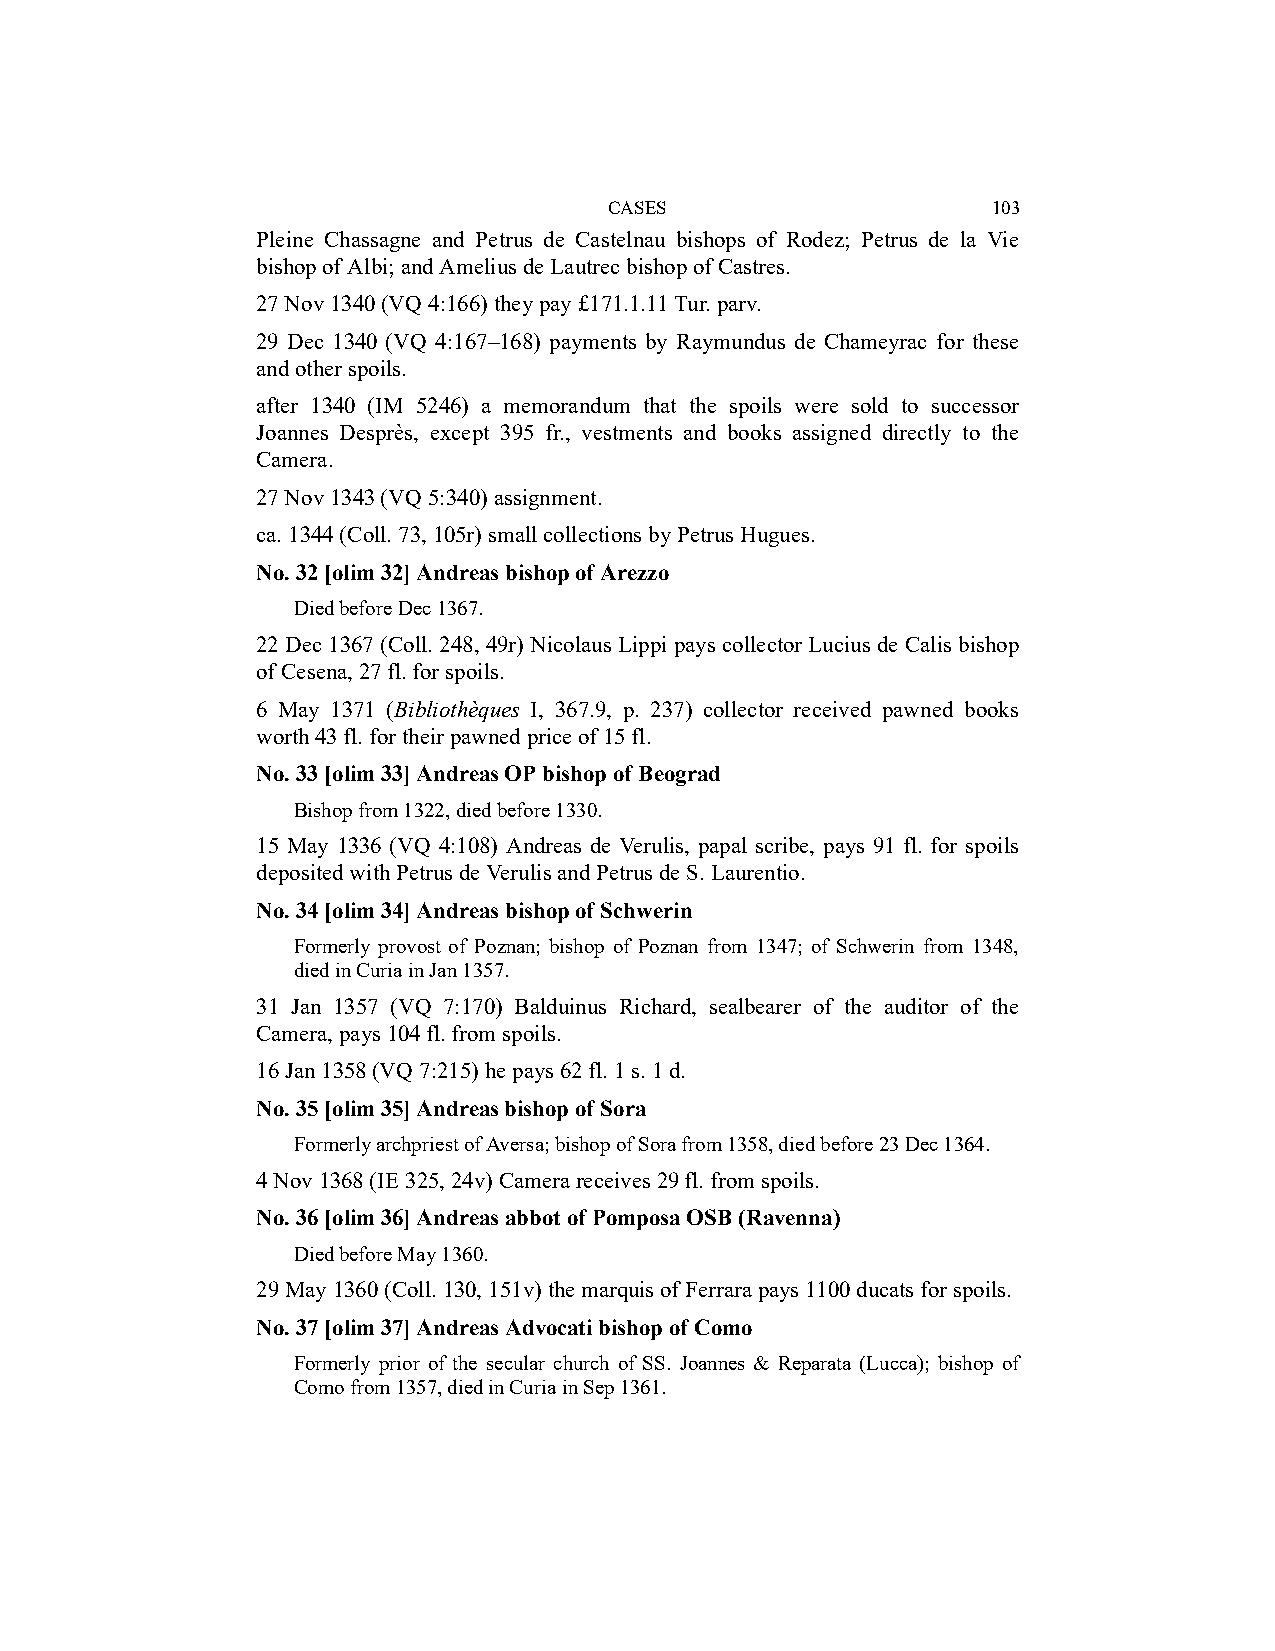
CASES                     103
 Pleine Chassagne and Petrus de Castelnau bishops of Rodez; Petrus de la Vie
 bishop of Albi; and Amelius de Lautrec bishop of Castres.
 27 Nov 1340 (VQ 4:166) they pay £171.1.11 Tur. parv.
 29 Dec 1340 (VQ 4:167–168) payments by Raymundus de Chameyrac for these
 and other spoils.
 after 1340 (IM 5246) a memorandum that the spoils were sold to successor
 Joannes Desprès, except 395 fr., vestments and books assigned directly to the
 Camera.
 27 Nov 1343 (VQ 5:340) assignment.
 ca. 1344 (Coll. 73, 105r) small collections by Petrus Hugues.
 No. 32 [olim 32] Andreas bishop of Arezzo
 Died before Dec 1367.
 22 Dec 1367 (Coll. 248, 49r) Nicolaus Lippi pays collector Lucius de Calis bishop
 of Cesena, 27 fl. for spoils.
 6 May 1371 (Bibliothèques I, 367.9, p. 237) collector received pawned books
 worth 43 fl. for their pawned price of 15 fl.
 No. 33 [olim 33] Andreas OP bishop of Beograd
 Bishop from 1322, died before 1330.
 15 May 1336 (VQ 4:108) Andreas de Verulis, papal scribe, pays 91 fl. for spoils
 deposited with Petrus de Verulis and Petrus de S. Laurentio.
 No. 34 [olim 34] Andreas bishop of Schwerin
 Formerly provost of Poznan; bishop of Poznan from 1347; of Schwerin from 1348,
 died in Curia in Jan 1357.
 31 Jan 1357 (VQ 7:170) Balduinus Richard, sealbearer of the auditor of the
 Camera, pays 104 fl. from spoils.
 16 Jan 1358 (VQ 7:215) he pays 62 fl. 1 s. 1 d.
 No. 35 [olim 35] Andreas bishop of Sora
 Formerly archpriest of Aversa; bishop of Sora from 1358, died before 23 Dec 1364.
 4 Nov 1368 (IE 325, 24v) Camera receives 29 fl. from spoils.
 No. 36 [olim 36] Andreas abbot of Pomposa OSB (Ravenna)
 Died before May 1360.
 29 May 1360 (Coll. 130, 151v) the marquis of Ferrara pays 1100 ducats for spoils.
 No. 37 [olim 37] Andreas Advocati bishop of Como
 Formerly prior of the secular church of SS. Joannes & Reparata (Lucca); bishop of
 Como from 1357, died in Curia in Sep 1361.